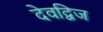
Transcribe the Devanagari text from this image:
देवद्विज